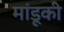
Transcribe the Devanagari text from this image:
मांडूकी